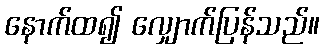
နောက်ထ၍ လျှောက်ပြန်သည်။